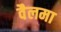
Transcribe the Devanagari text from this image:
वैलमा